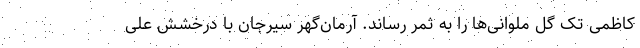
کاظمی تک گل ملوانی‌ها را به ثمر رساند. آرمان‌گهر سیرجان با درخشش علی